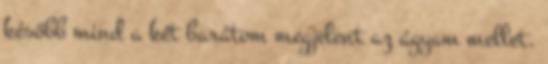
később mind a két barátom megjelent az ágyam mellet.